Lunatic asylums Punjab 1911-1921 - 1911-1921
Year: 1911
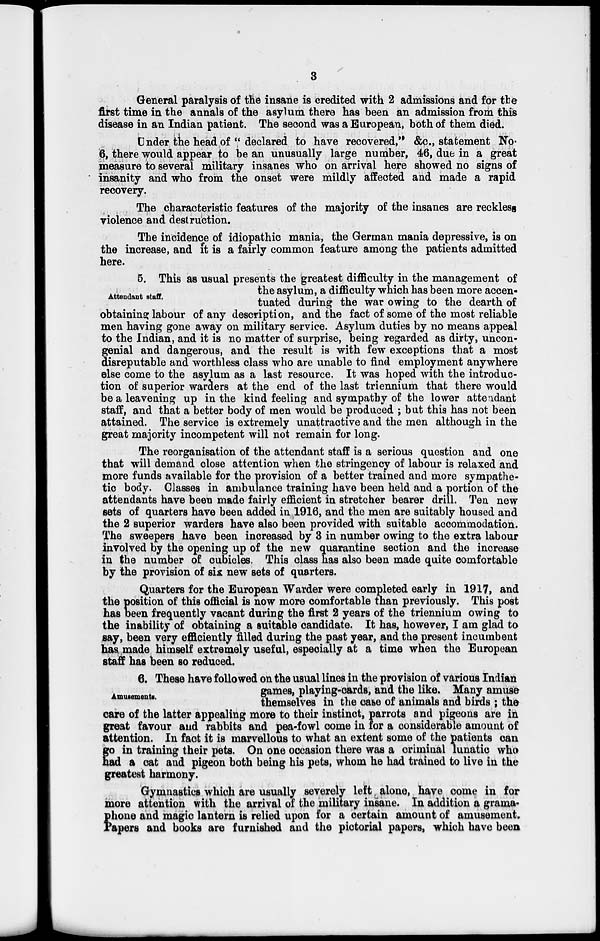
3
General paralysis of the insane is credited with 2 admissions and for the
first time in the annals of the asylum there has been an admission from this
disease in an Indian patient. The second was a European, both of them died.
Under the head of " declared to have recovered," &c., statement No.
6, there would appear to be an unusually large number, 46, due in a great
measure to several military insanes who on arrival here showed no signs of
insanity and who from the onset were mildly affected and made a rapid
recovery.
The characteristic features of the majority of the insanes are reckless
violence and destruction.
The incidence of idiopathic mania, the German mania depressive, is on
the increase, and it is a fairly common feature among the patients admitted
here.
Attendant staff.
5. This as usual presents the greatest difficulty in the management of
the asylum, a difficulty which has been more accen-
tuated during the war owing to the dearth of
obtaining labour of any description, and the fact of some of the most reliable
men having gone away on military service. Asylum duties by no means appeal
to the Indian, and it is no matter of surprise, being regarded as dirty, uncon-
genial and dangerous, and the result is with few exceptions that a most
disreputable and worthless class who are unable to find employment anywhere
else come to the asylum as a last resource. It was hoped with the introduc-
tion of superior warders at the end of the last triennium that there would
be a leavening up in the kind feeling and sympathy of the lower attendant
staff, and that a better body of men would be produced ; but this has not been
attained. The service is extremely unattractive and the men although in the
great majority incompetent will not remain for long.
The reorganisation of the attendant staff is a serious question and one
that will demand close attention when the stringency of labour is relaxed and
more funds available for the provision of a better trained and more sympathe-
tic body. Classes in ambulance training have been held and a portion of the
attendants have been made fairly efficient in stretcher bearer drill. Ten new
sets of quarters have been added in 1916, and the men are suitably housed and
the 2 superior warders have also been provided with suitable accommodation.
The sweepers have been increased by 3 in number owing to the extra labour
involved by the opening up of the new quarantine section and the increase
in the number of cubicles. This class has also been made quite comfortable
by the provision of six new sets of quarters.
Quarters for the European Warder were completed early in 1917, and
the position of this official is now more comfortable than previously. This post
has been frequently vacant during the first 2 years of the triennium owing to
the inability of obtaining a suitable candidate. It has, however, I am glad to
say, been very efficiently filled during the past year, and the present incumbent
has made himself extremely useful, especially at a time when the European
staff has been so reduced.
Amusements.
6. These have followed on the usual lines in the provision of various Indian
games, playing-cards, and the like. Many amuse
themselves in the case of animals and birds ; the
care of the latter appealing more to their instinct, parrots and pigeons are in
great favour and rabbits and pea-fowl come in for a considerable amount of
attention. In fact it is marvellous to what an extent some of the patients can
go in training their pets. On one occasion there was a criminal lunatic who
had a cat and pigeon both being his pets, whom he had trained to live in the
greatest harmony.
Gymnastics which are usually severely left alone, have come in for
more attention with the arrival of the military insane. In addition a grama-
phone and magic lantern is relied upon for a certain amount of amusement.
Papers and books are furnished and the pictorial papers, which have been